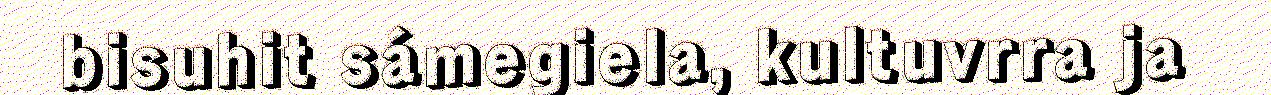
bisuhit sámegiela, kultuvrra ja